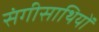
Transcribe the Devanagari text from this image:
संगीसाथियों